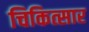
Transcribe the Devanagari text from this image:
चिकित्सार